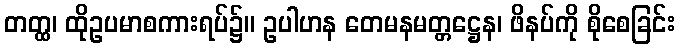
တတ္ထ၊ ထိုဥပမာစကားရပ်၌။ ဥပါဟန တေမနမတ္တဋ္ဌေန၊ ဖိနပ်ကို စိုစေခြင်း